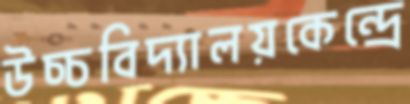
উচ্চবিদ্যালয়কেন্দ্রে